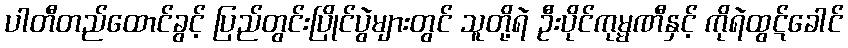
ပါတီတည်ထောင်ခွင့် ပြည်တွင်းပြိုင်ပွဲများတွင် သူတို့ရဲ ဦးပိုင်ကုမ္မဏီနှင့် ကိုရဲထွဋ်ခေါင်